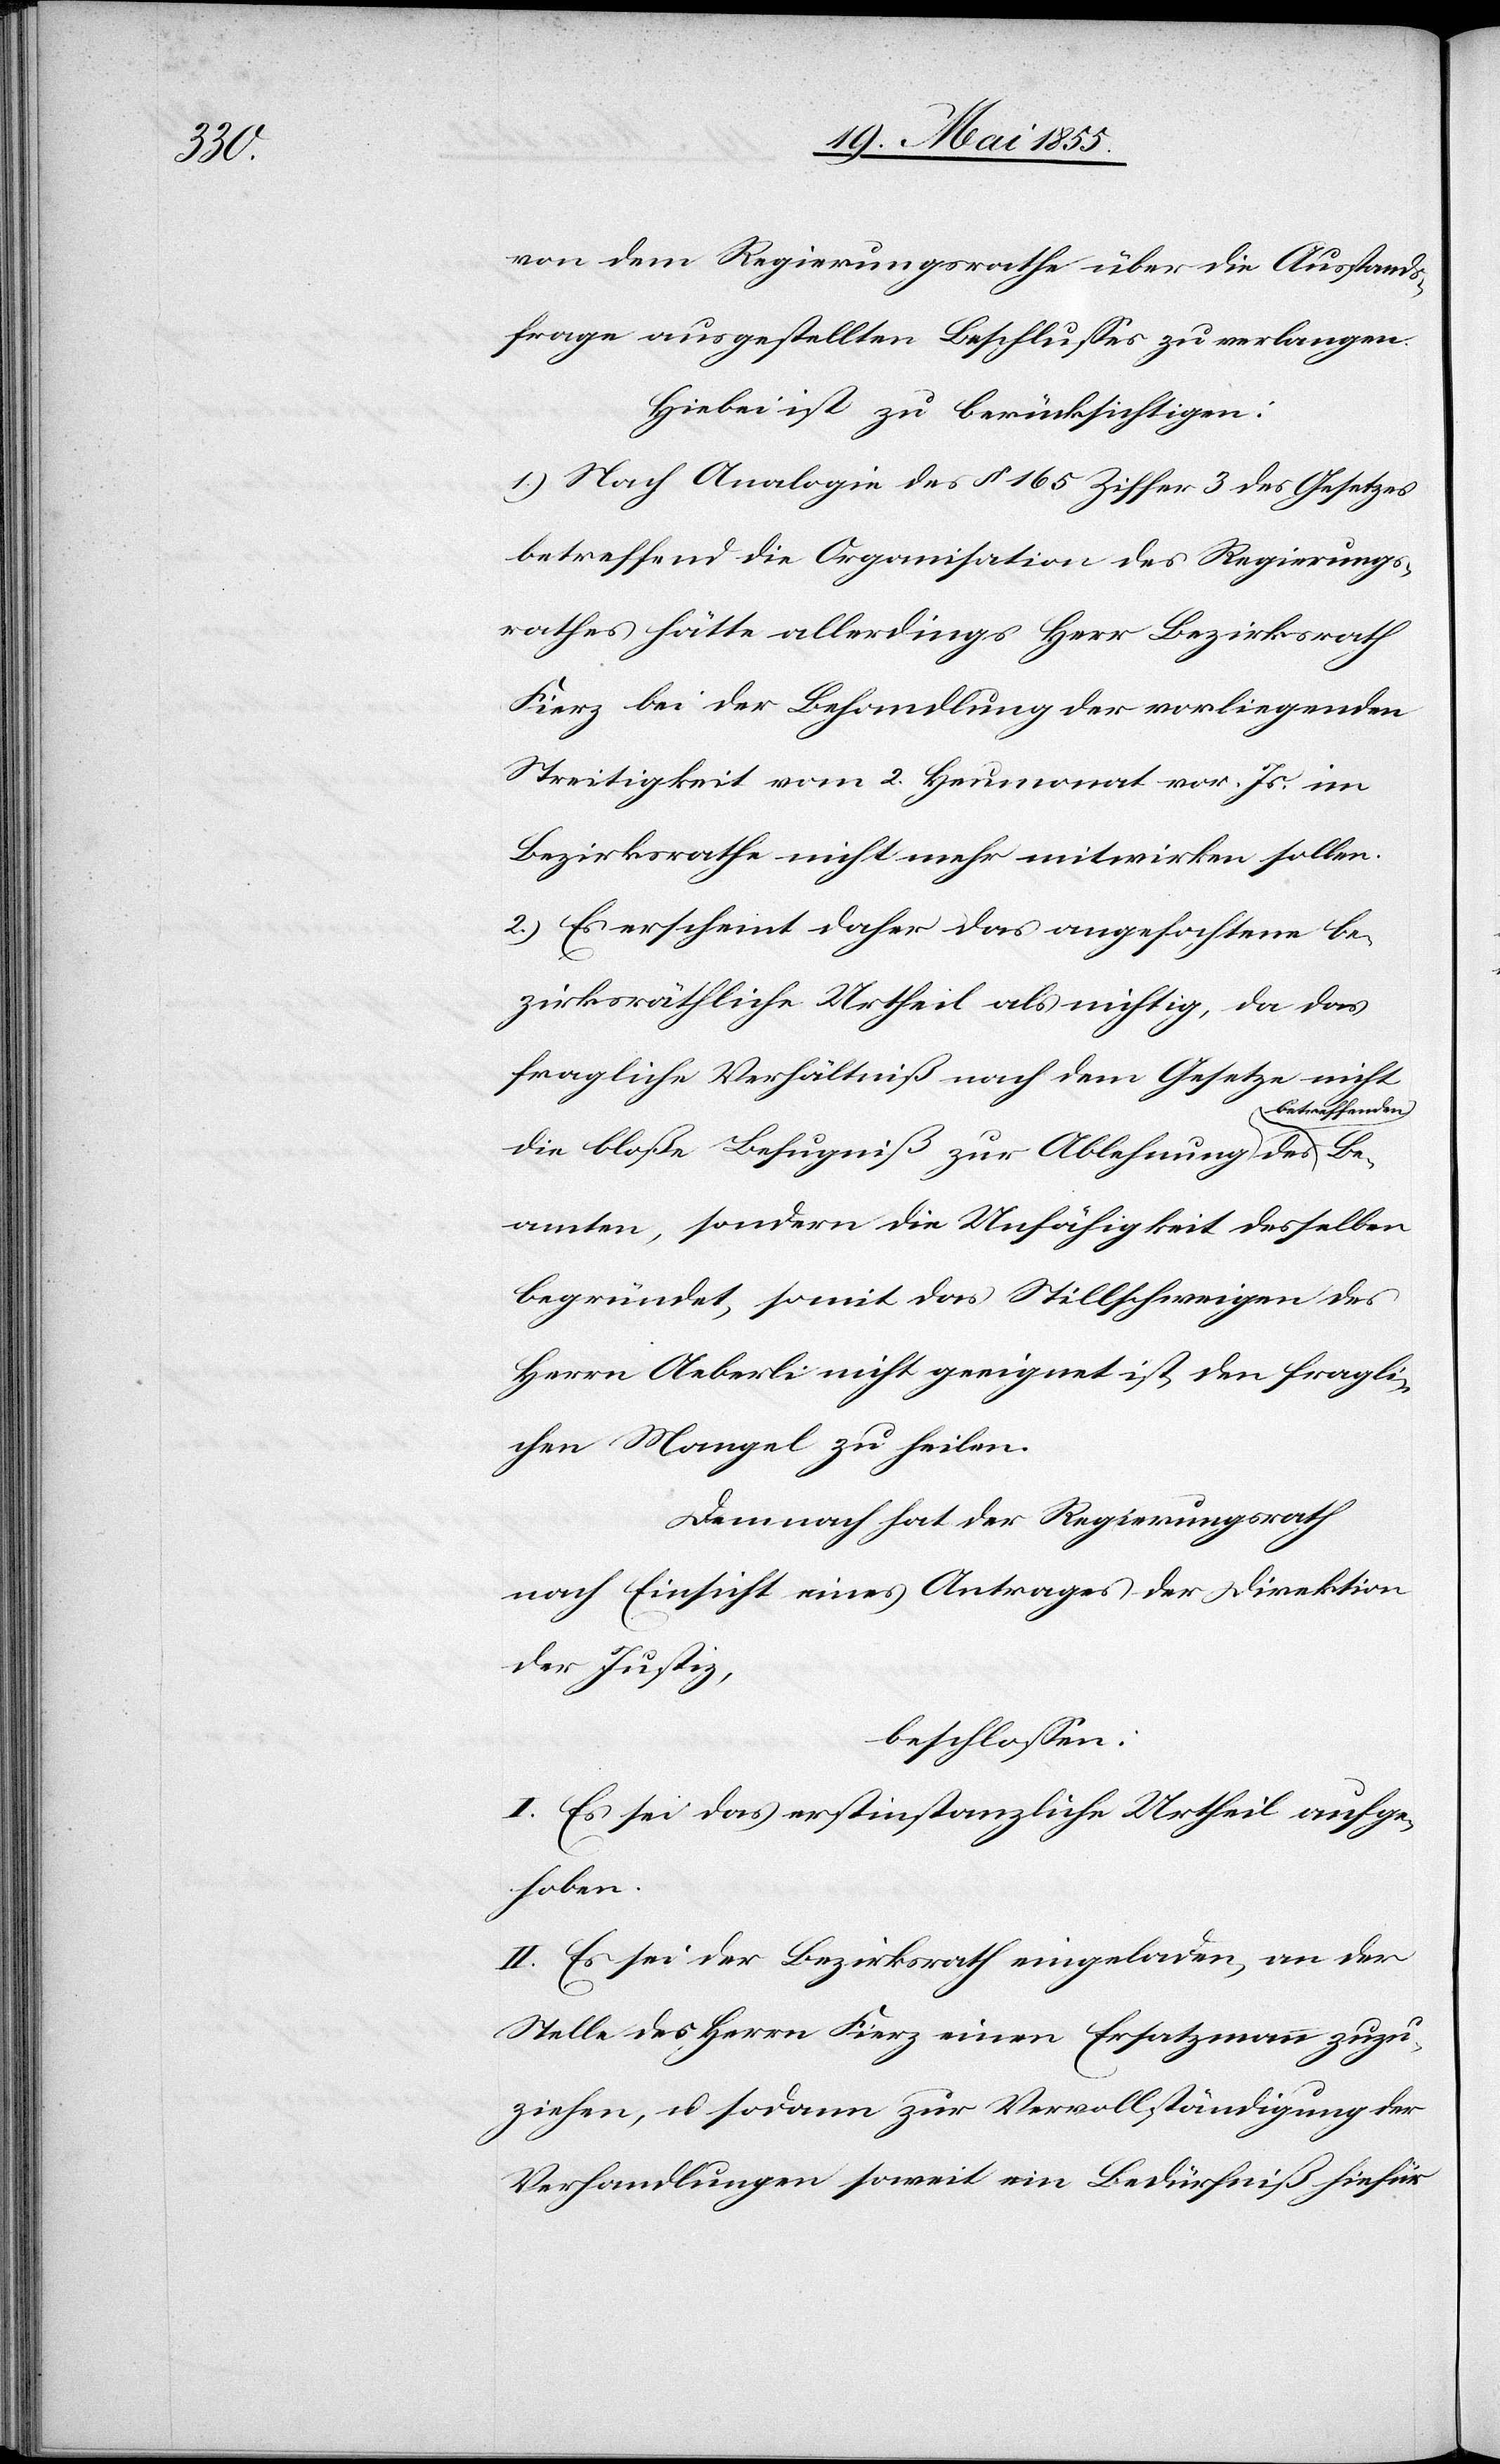
Be¬

von dem Regierungsrathe über die Ausstands¬
frage ausgestellten Beschlusses zu verlangen.
Hiebei ist zu berücksichtigen:
1.) Nach Analogie des § 165 Ziffer 3 des Gesetzes
betreffend die Organisation des Regierungs¬
rathes hätte allerdings Herr Bezirksrath
Fierz bei der Behandlung der vorliegenden
Streitigkeit vom 2. Heumonat vor. Js. im
Bezirksrathe nicht mehr mitwirken sollen.
2.) Es erscheint daher das angefochtene be¬
zirksräthliche Urtheil als nichtig, da das
fragliche Verhältniß nach dem Gesetze nicht
etreffenden
die bloße Befugniß zur Ablehnung des b¬
amten, sondern die Unfähigkeit desselben
begründet, somit das Stillschweigen des
Herrn Aeberli nicht geeignet ist, den fragli¬
chen Mangel zu heilen.
Demnach hat der Regierungsrath
nach Einsicht eines Antrages der Direktion
der Justiz,
beschlossen:
I. Es sei das erstinstanzliche Urtheil aufge¬
hoben.
II. Es sei der Bezirksrath eingeladen, an der
Stelle des Herrn Fierz einen Ersatzmann zuzu¬
ziehen, u. sodann zur Vervollständigung der
Verhandlungen soweit ein Bedürfniß hiefür